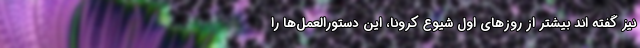
نیز گفته­ اند بیشتر از روزهای اول شیوع کرونا، این دستورالعمل‌ها را